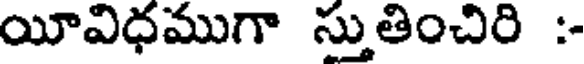
యీవిధముగా స్తుతించిరి :-